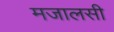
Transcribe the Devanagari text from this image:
मजालसी